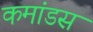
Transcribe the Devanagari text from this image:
कमांडस